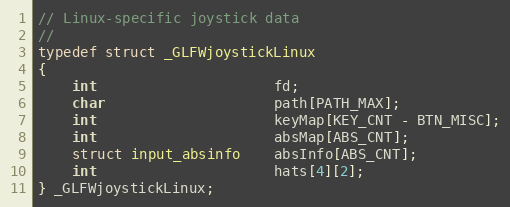
Language: C
// Linux-specific joystick data
//
typedef struct _GLFWjoystickLinux
{
    int                     fd;
    char                    path[PATH_MAX];
    int                     keyMap[KEY_CNT - BTN_MISC];
    int                     absMap[ABS_CNT];
    struct input_absinfo    absInfo[ABS_CNT];
    int                     hats[4][2];
} _GLFWjoystickLinux;